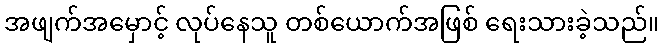
အဖျက်အမှောင့် လုပ်နေသူ တစ်ယောက်အဖြစ် ရေးသားခဲ့သည်။